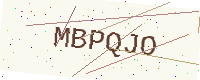
Text: MBPQJO